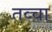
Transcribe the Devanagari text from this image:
तव्चा